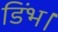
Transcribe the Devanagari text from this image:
डिंभ।